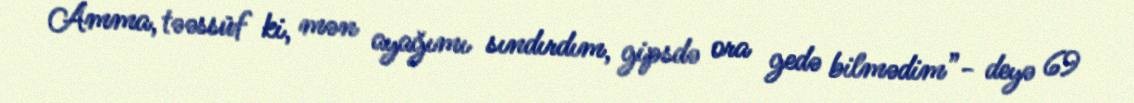
Amma, təəssüf ki, mən ayağımı sındırdım, gipsdə ora gedə bilmədim”- deyə 69